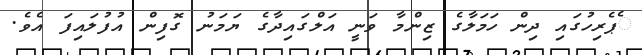
ެޕެރިހުގައި ދިން ހަމަލާގެ ޒިންމާ ވަނީ އަލްގައިދާގެ ޔަމަނު ގޮފިން އުފުލައިފަ އެވެ.